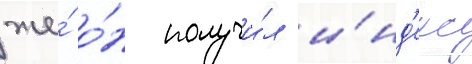
же́ о́н получи́л и́нд'екс